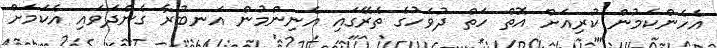
އެހެންކަމުން ކުރިއަށް އޮތް ހަތް ދުވަހުގެ ތެރޭގައި އެނިންމުން އަނބުރާ ގެންދަވައި އެކަމަށް